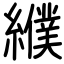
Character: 纀